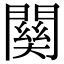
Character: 𮤚